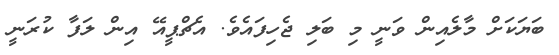
ބަޔަކަށް މާލެއިން ވަނީ މި ބަލި ޖެހިފައެވެ. އެޗްޕީއޭ އިން ލަފާ ކުރަނީ